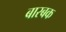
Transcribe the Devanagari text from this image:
बारबक